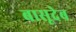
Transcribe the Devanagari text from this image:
बासूदेब